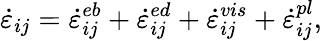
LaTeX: \dot{\varepsilon}_{ij}=\dot{\varepsilon}_{ij}^{eb}+\dot{\varepsilon}_{ij}^{ed}+\dot{\varepsilon}_{ij}^{vis}+\dot{\varepsilon}_{ij}^{pl},